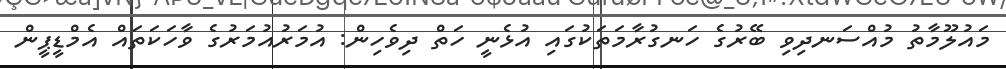
މައުލޫމާތު މުއްސަނދިވި ބޭރުގެ ހަނގުރާމަތަކުގައި އުޅެނީ ހަތް ދިވެހިން: އުމަރުއުމަރުގެ ވާހަކަތައް އެމްޑީޕީން